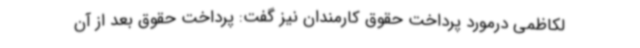
لکاظمی درمورد پرداخت حقوق کارمندان نیز گفت: پرداخت حقوق بعد از آن